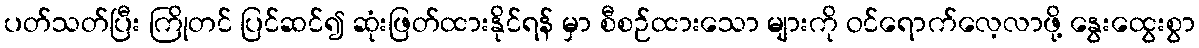
ပတ်သတ်ပြီး ကြိုတင် ပြင်ဆင်၍ ဆုံးဖြတ်ထားနိုင်ရန် မှာ စီစဉ်ထားသော များကို ဝင်ရောက်လေ့လာဖို့ နွေးထွေးစွာ